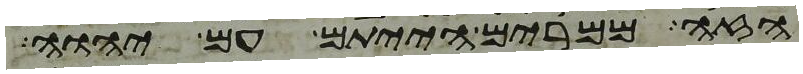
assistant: הזה ממרים הייתם עם יהוה